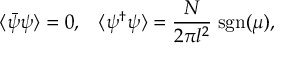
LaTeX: \langle \bar { \psi } \psi \rangle = 0 , \; \; \; \langle \psi ^ { \dagger } \psi \rangle = \frac { N } { 2 \pi l ^ { 2 } } \; \mathrm { s g n } ( \mu ) ,